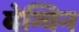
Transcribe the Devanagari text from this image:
बेग्विन